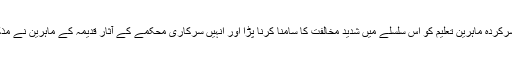
بھارتی یونیورسٹیوں کے چھ یا سات سرکردہ ماہرین تعلیم کو اس سلسلے میں شدید مخالفت کا سامنا کرنا پڑا اور انہیں سرکاری محکمے کے آثارِ قدیمہ کے ماہرین نے مذکورہ مقام تک محدود رسائی فراہم کی۔